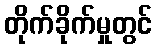
တိုက်ခိုက်မှုတွင်